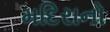
મદિરાનો